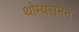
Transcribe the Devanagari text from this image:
थोम्पसनने